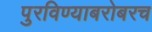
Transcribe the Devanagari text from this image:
पुरविण्याबरोबरच